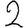
Digit: 2